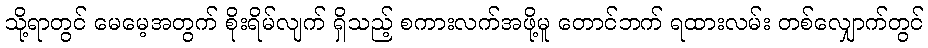
သို့ရာတွင် မေမေ့အတွက် စိုးရိမ်လျက် ရှိသည့် စကားလက်အဖို့မူ တောင်ဘက် ရထားလမ်း တစ်လျှောက်တွင်